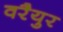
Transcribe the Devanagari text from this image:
वरैयुर